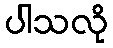
ပါသလို